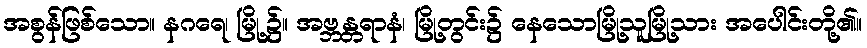
အစွန်ဖြစ်သော။ နဂရေ၊ မြို့၌။ အဗ္ဘန္တရာနံ၊ မြို့တွင်း၌ နေသောမြို့သူမြို့သား အပေါင်းတို့၏။